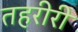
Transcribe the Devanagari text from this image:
तहरीरी